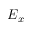
E _ { x }